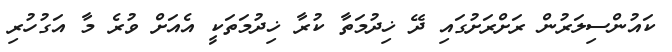
ކައުންސިލަރުން ރަށްރަށުގައި ދޭ ޚިދުމަތާ ކުރާ ޚިދުމަތަކީ އެއަށް ވުރެ މާ އަގުހުރި